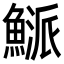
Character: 𩹘